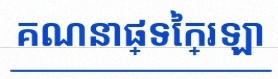
គណនាផ្ទៃក្រឡា